Vaccination United Provinces of Agra and Oudh 1914-1922 - 1914-1922
Year: 1914
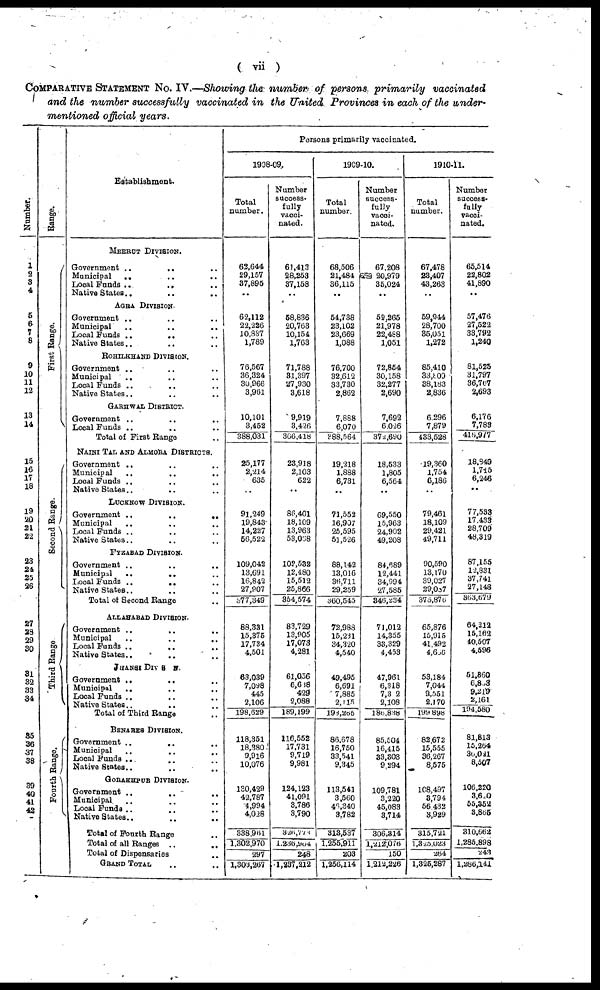
( vii)
COMPARATIVE STATEMENT No. IV.—Showing the number of persons primarily vaccinated
and the number successfully vaccinated in the United Provinces in each of the under
mentioned official years.
Number.
1
2
3
4
5
6
7
8
9
10
11
12
13
14
15
16
17
18
19
20
21
22
23
24
25
26
27
28
29
30
31
32
33
34
35
36
37
38
39
40
41
42
Range.
First Range.
Second Range.
Third Range
Fourth Range.
Establishment.
MEERUT DIVISION.
Government ..
..
..
Municipal
.. .. ..
Local Funds ..
.. ..
Native States..
..
..
AGRA DIVISION.
Government ..
.. ..
Municipal
..
..
..
Local Funds ..
.. ..
Native States.. .. ..
ROHILKHAND DIVISION.
Government ..
.. ..
Municipal .. .. ..
Local Funds .. .. ..
Native States.. .. ..
GARHWAL DISTRICT.
Government .. .. ..
Local Funds .. .. ..
Total of First Range ..
NAINI TAL AND ALMORA DISTRICTS.
Government ..
..
..
Municipal .. .. ..
Local Funds .. .. ..
Native States..
.. ..
LUCKNOW DIVISION.
Government ..
..
..
Municipal
..
..
..
Local Funds .. .. ..
Native States.. .. ..
FYZABAD DIVISION.
Government .. .. ..
Municipal .. .. ..
Local Funds .. .. ..
Native States .. .. ..
Total of Second Range ..
ALLAHABAD DIVISION.
Gvernment .. .. ..
Municipal .. .. ..
Local Funds .. .. ..
Native States.. .. ..
JHANSI DIVISION.
Government .. .. ..
Municipal .. .. ..
Local Funds .. .. ..
Native States..
.. ..
Total of Third Range ..
BENARES DIVISION.
Government .. .. ..
Municipal .. .. ..
Local Funds .. .. ..
Native States.. .. ..
GORAKHPUR DIVISION.
Government .. .. ..
Municipal .. .. ..
Local Funds .. .. ..
Native States.. .. ..
Total of Fourth Range ..
Total of all Ranges .. ..
Total of Dispensaries ..
GRAND TOTAL .. ..
Persons primarily vaccinated.
1908-09.
Total
number.
62,644
29,157
37,895
..
62,112
22,226
10,887
1,789
76,567
36,324
30,966
3,961
10,101
3,452
388,031
25,177
2,214
635
..
91,249
19,843
14,227
56,522
109,042
13,691
16 842
27,907
377,349
88,331
15,375
17,734
4,501
63,039
7,098
445
2,106
198,629
118,351
18,380
9,916
10,076
130,429
42,787
4,994
4,028
338,961
1,302,970
297
1,303,267
Number
success-
fully
vacci-
nated.
61,413
28,253
37,158
..
58,836
20,763
10,154
1,763
71,788
31,397
27,930
3,618
9,919
3,426
366,418
23,918
2,103
622
..
86,401
18,109
13,963
53,068
102,532
12,480
15,512
25,866
354,574
83,729
13,905
17,073
4,281
61,056
6,638
429
2,088
189,199
116,552
17,731
9,719
9,981
124,123
41,091
3,786
3,790
326,773
1,236,964
248
1,237,212
1909-10.
Total
number.
68,506
21,484
36,115
..
54,738
23,102
23,669
1,088
76,700
32 612
33,730
2,862
7,888
6,070
388,564
19,218
1,888
6,731
..
71,552
16,907
25 595
51,526
88,142
13,016
36,711
29,259
360,545
72,988
15,231
34,320
4,540
49,495
6,691
7,885
2115
198,265
86,678
16,750
33,541
9,345
113,541
3 560
46,340
3,782
313,537
1,255,911
203
1,256,114
Number
success-
fully
vacci-
nated.
67,208
20,979
35,024
..
52,265
21,978
22,488
1,051
72,854
30,158
32,277
2,690
7,692
6,026
372,690
18,533
1,805
6,564
..
69,550
15,963
24,902
49,208
84,689
12,441
34,994
27,585
346,234
71,012
14,355
33,329
4,453
47,961
6,318
7,302
2,108
186,838
85,504
16,415
33,303
9,294
109,781
3,220
45,083
3,714
306,314
1,212,076
150
1,212,226
1910-11.
Total
number.
67,478
23,407
43,263
..
59,944
28,700
35,051
1,272
85,410
33,809
38,183
2,836
6,296
7,879
433,528
19,360
1,754
6,186
..
79,461
18,109
29,421
49,711
90,590
13,170
39,027
29,087
375,876
65,876
15,915
41,492
4,666
53,184
7,044
9,551
2,170
199,898
82,672
15,555
36,267
8,575
108,497
3,794
56,432
3,929
315,721
1,325,023
264
1,325,287
Number
success-
fully
vacci¬
nated.
65,514
22,802
41,890
..
57,476
27,522
33,792
1,240
81,525
31,797
36,767
2,693
6,176
7,783
416,977
18,849
1,715
6,246
..
77,533
17,433
28,709
48,319
87,155
12,831
37,741
27,148
363,679
64,212
15,162
40,507
4,596
51,860
6,863
9,219
2,161
194,580
81,813
15,264
36,021
8,507
106,220
3,620
55,352
3,865
310,662
1,285,898
243
1,286,141